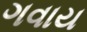
ગવાય